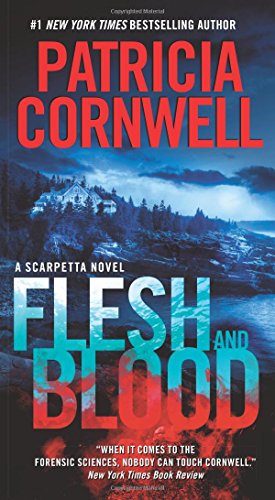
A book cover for Flesh and Blood: A Scarpetta Novel (Kay Scarpetta); Patricia Cornwell; Mystery, Thriller & Suspense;